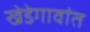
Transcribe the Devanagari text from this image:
खेडेगावांत